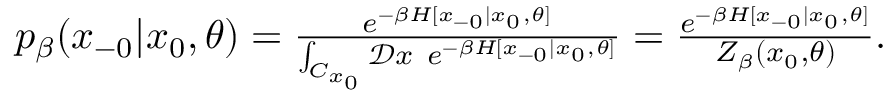
\begin{array} { r } { p _ { \beta } ( x _ { - 0 } | x _ { 0 } , \theta ) = \frac { e ^ { - \beta H [ x _ { - 0 } | x _ { 0 } , \theta ] } } { \int _ { C _ { x _ { 0 } } } \mathcal { D } x \ e ^ { - \beta H [ x _ { - 0 } | x _ { 0 } , \theta ] } } = \frac { e ^ { - \beta H [ x _ { - 0 } | x _ { 0 } , \theta ] } } { Z _ { \beta } ( x _ { 0 } , \theta ) } . } \end{array}